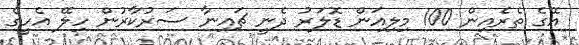
އޭގެ ތެރެއިން 100 މިލިއަން ޑޮލަރު ދެނީ ޗައިނާ ސަރުކާރުން ހިލޭ އެހީގެ